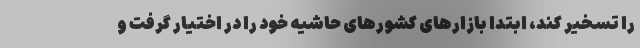
را تسخیر کند، ابتدا بازارهای کشورهای حاشیه خود را در اختیار گرفت و